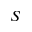
S